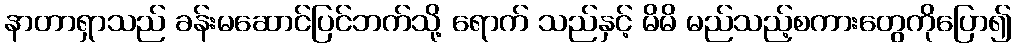
နာတာရှာသည် ခန်းမဆောင်ပြင်ဘက်သို့ ရောက် သည်နှင့် မိမိ မည်သည့်စကားတွေကိုပြော၍